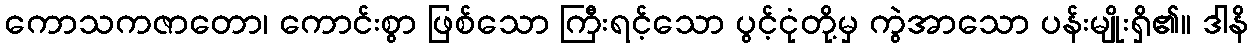
ကောသကဇာတော၊ ကောင်းစွာ ဖြစ်သော ကြီးရင့်သော ပွင့်ငုံတို့မှ ကွဲအာသော ပန်းမျိုးရှိ၏။ ဒါနိ